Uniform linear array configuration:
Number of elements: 24
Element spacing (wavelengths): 0.75
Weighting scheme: hann
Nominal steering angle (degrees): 15
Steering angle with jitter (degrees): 13.664
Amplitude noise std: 0.05
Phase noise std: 0.05

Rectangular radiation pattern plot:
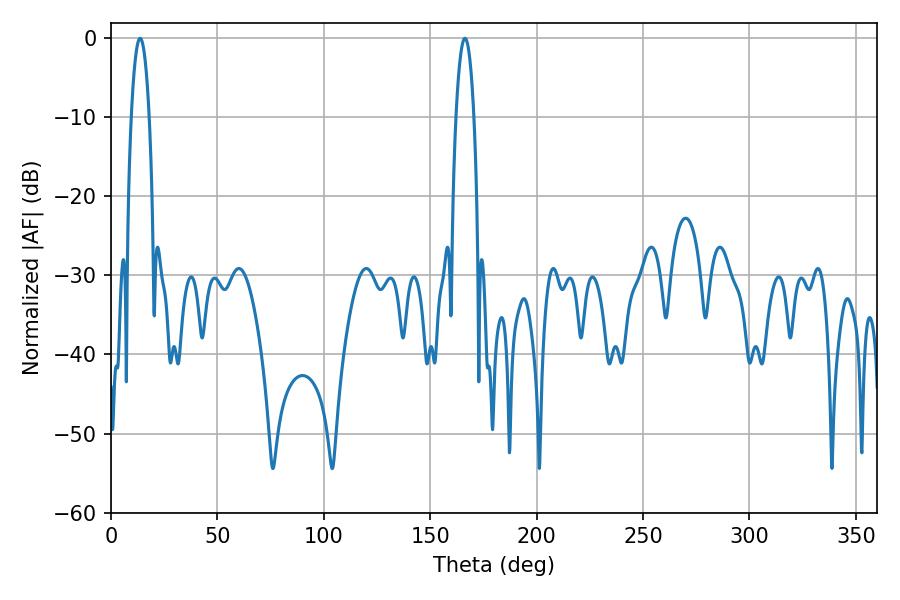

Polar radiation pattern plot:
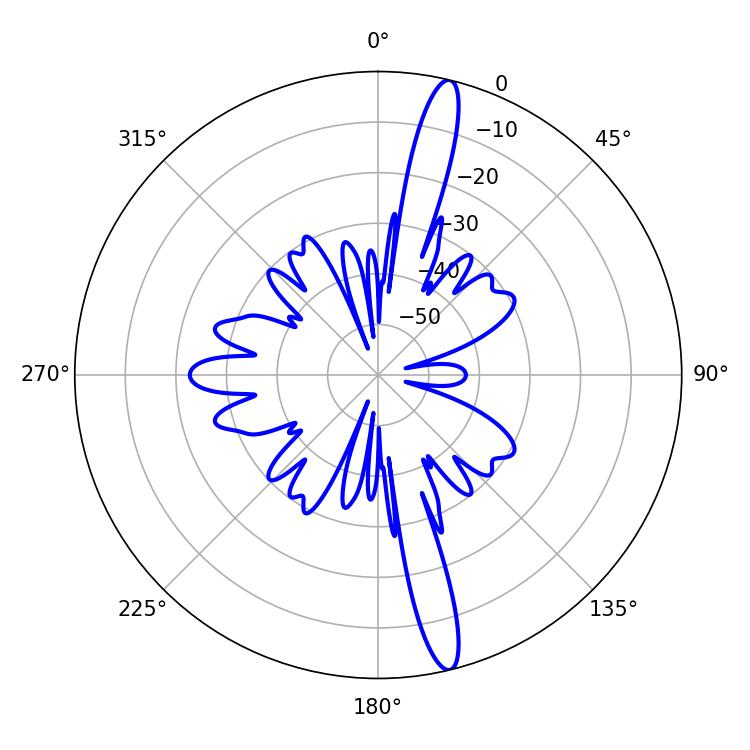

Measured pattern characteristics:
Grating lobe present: TRUE
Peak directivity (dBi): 16.944
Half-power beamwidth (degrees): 4.68
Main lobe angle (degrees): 13.68